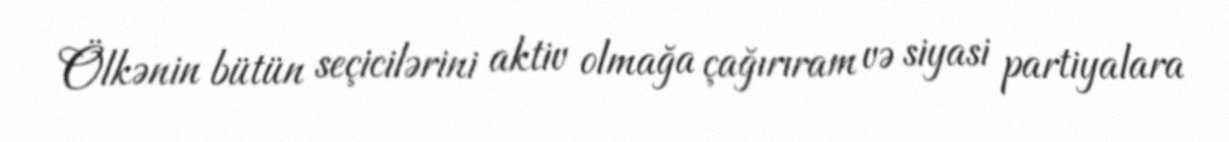
Ölkənin bütün seçicilərini aktiv olmağa çağırıram və siyasi partiyalara